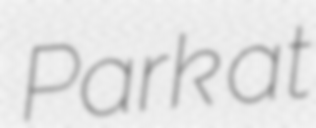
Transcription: Park at